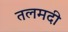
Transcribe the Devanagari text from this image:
तलमदी